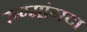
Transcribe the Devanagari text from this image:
रुग्मांगदा